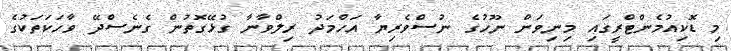
މި ޑޮކިއުމެންޓްރީގައި މިނިވަން ނޫހުގެ ނުސްވެރިޔާ އަހްމަދު ރިލްވާނާ ގުޅޭގޮތުން ގެނެސްދޭ ވާހަކަތަކުގެ